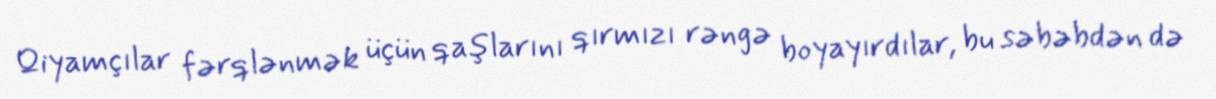
Qiyamçılar fərqlənmək üçün qaşlarını qırmızı rəngə boyayırdılar, bu səbəbdən də